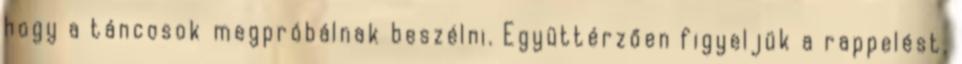
hogy a táncosok megpróbálnak beszélni. Együttérzően figyeljük a rappelést,